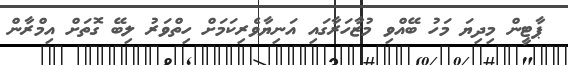
ޕާޓީން މިދިޔަ މަހު ބޭއްވި މުޒާހަރާގައި އަނިޔާވެރިކަމަށް ހިތްވަރު ލިބޭ ގޮތަށް އިމްރާން